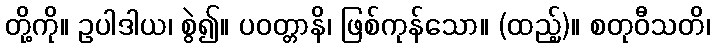
တို့ကို။ ဥပါဒါယ၊ စွဲ၍။ ပဝတ္တာနိ၊ ဖြစ်ကုန်သော။ (ထည့်)။ စတုဝီသတိ၊